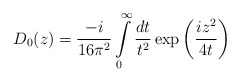
\begin{align*}D_0(z)=\frac {-i}{16\pi^2}\int\limits_0^\infty \frac{dt}{t^2}\exp \left (\frac{iz^2}{4t}\right )\end{align*}